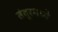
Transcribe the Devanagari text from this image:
तंदूरमध्ये